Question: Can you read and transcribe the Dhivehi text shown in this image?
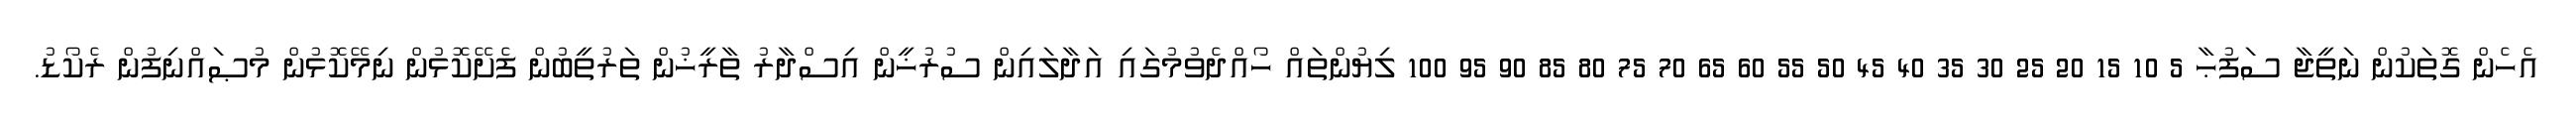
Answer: އެހެން ގޮތަކުން ނަތީޖާ ސަފުޙާ 5 10 15 20 25 30 35 40 45 50 55 60 65 70 75 80 85 90 95 100 ލިޔުންތައް ހޯއްދެވުމުގައި އަދާލައިން ސުރުޚީން އިސްދާރު ތާރީޚުން ތަރުތީބުން ފެށޭކޮޅުން ނިމޭކޮޅުން މުޞައްނިފުން ރެކޯޑު.